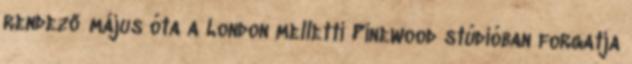
rendező május óta a London melletti Pinewood stúdióban forgatja